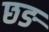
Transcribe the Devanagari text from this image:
छङ